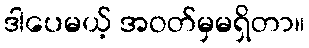
ဒါပေမယ့် အဝတ်မှမရှိတာ။